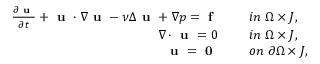
\begin{array} { r l } { \frac { \partial \textbf { u } } { \partial t } + \textbf { u } \cdot \nabla \textbf { u } - \nu \Delta \textbf { u } + \nabla p = \textbf { f } \quad } & { \ i n \ \Omega \times J , } \\ { \nabla \cdot \textbf { u } = 0 \quad } & { \ i n \ \Omega \times J , } \\ { \textbf { u } = \textbf { 0 } \quad } & { \ o n \ \partial \Omega \times J , } \end{array}